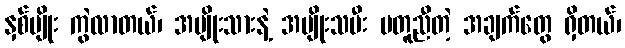
နှစ်မျိုး ကွဲလာတယ်၊ အမျိုးသားနဲ့ အမျိုးသမီး မတူညီတဲ့ အချက်တွေ ရှိတယ်၊